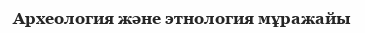
Археология және этнология мұражайы